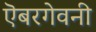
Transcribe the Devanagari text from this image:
ऎबरगेवनी